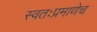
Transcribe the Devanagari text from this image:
स्वतःप्रमाणेच